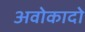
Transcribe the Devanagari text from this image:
अवोकादो